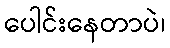
ပေါင်းနေတာပဲ၊